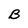
Character: B